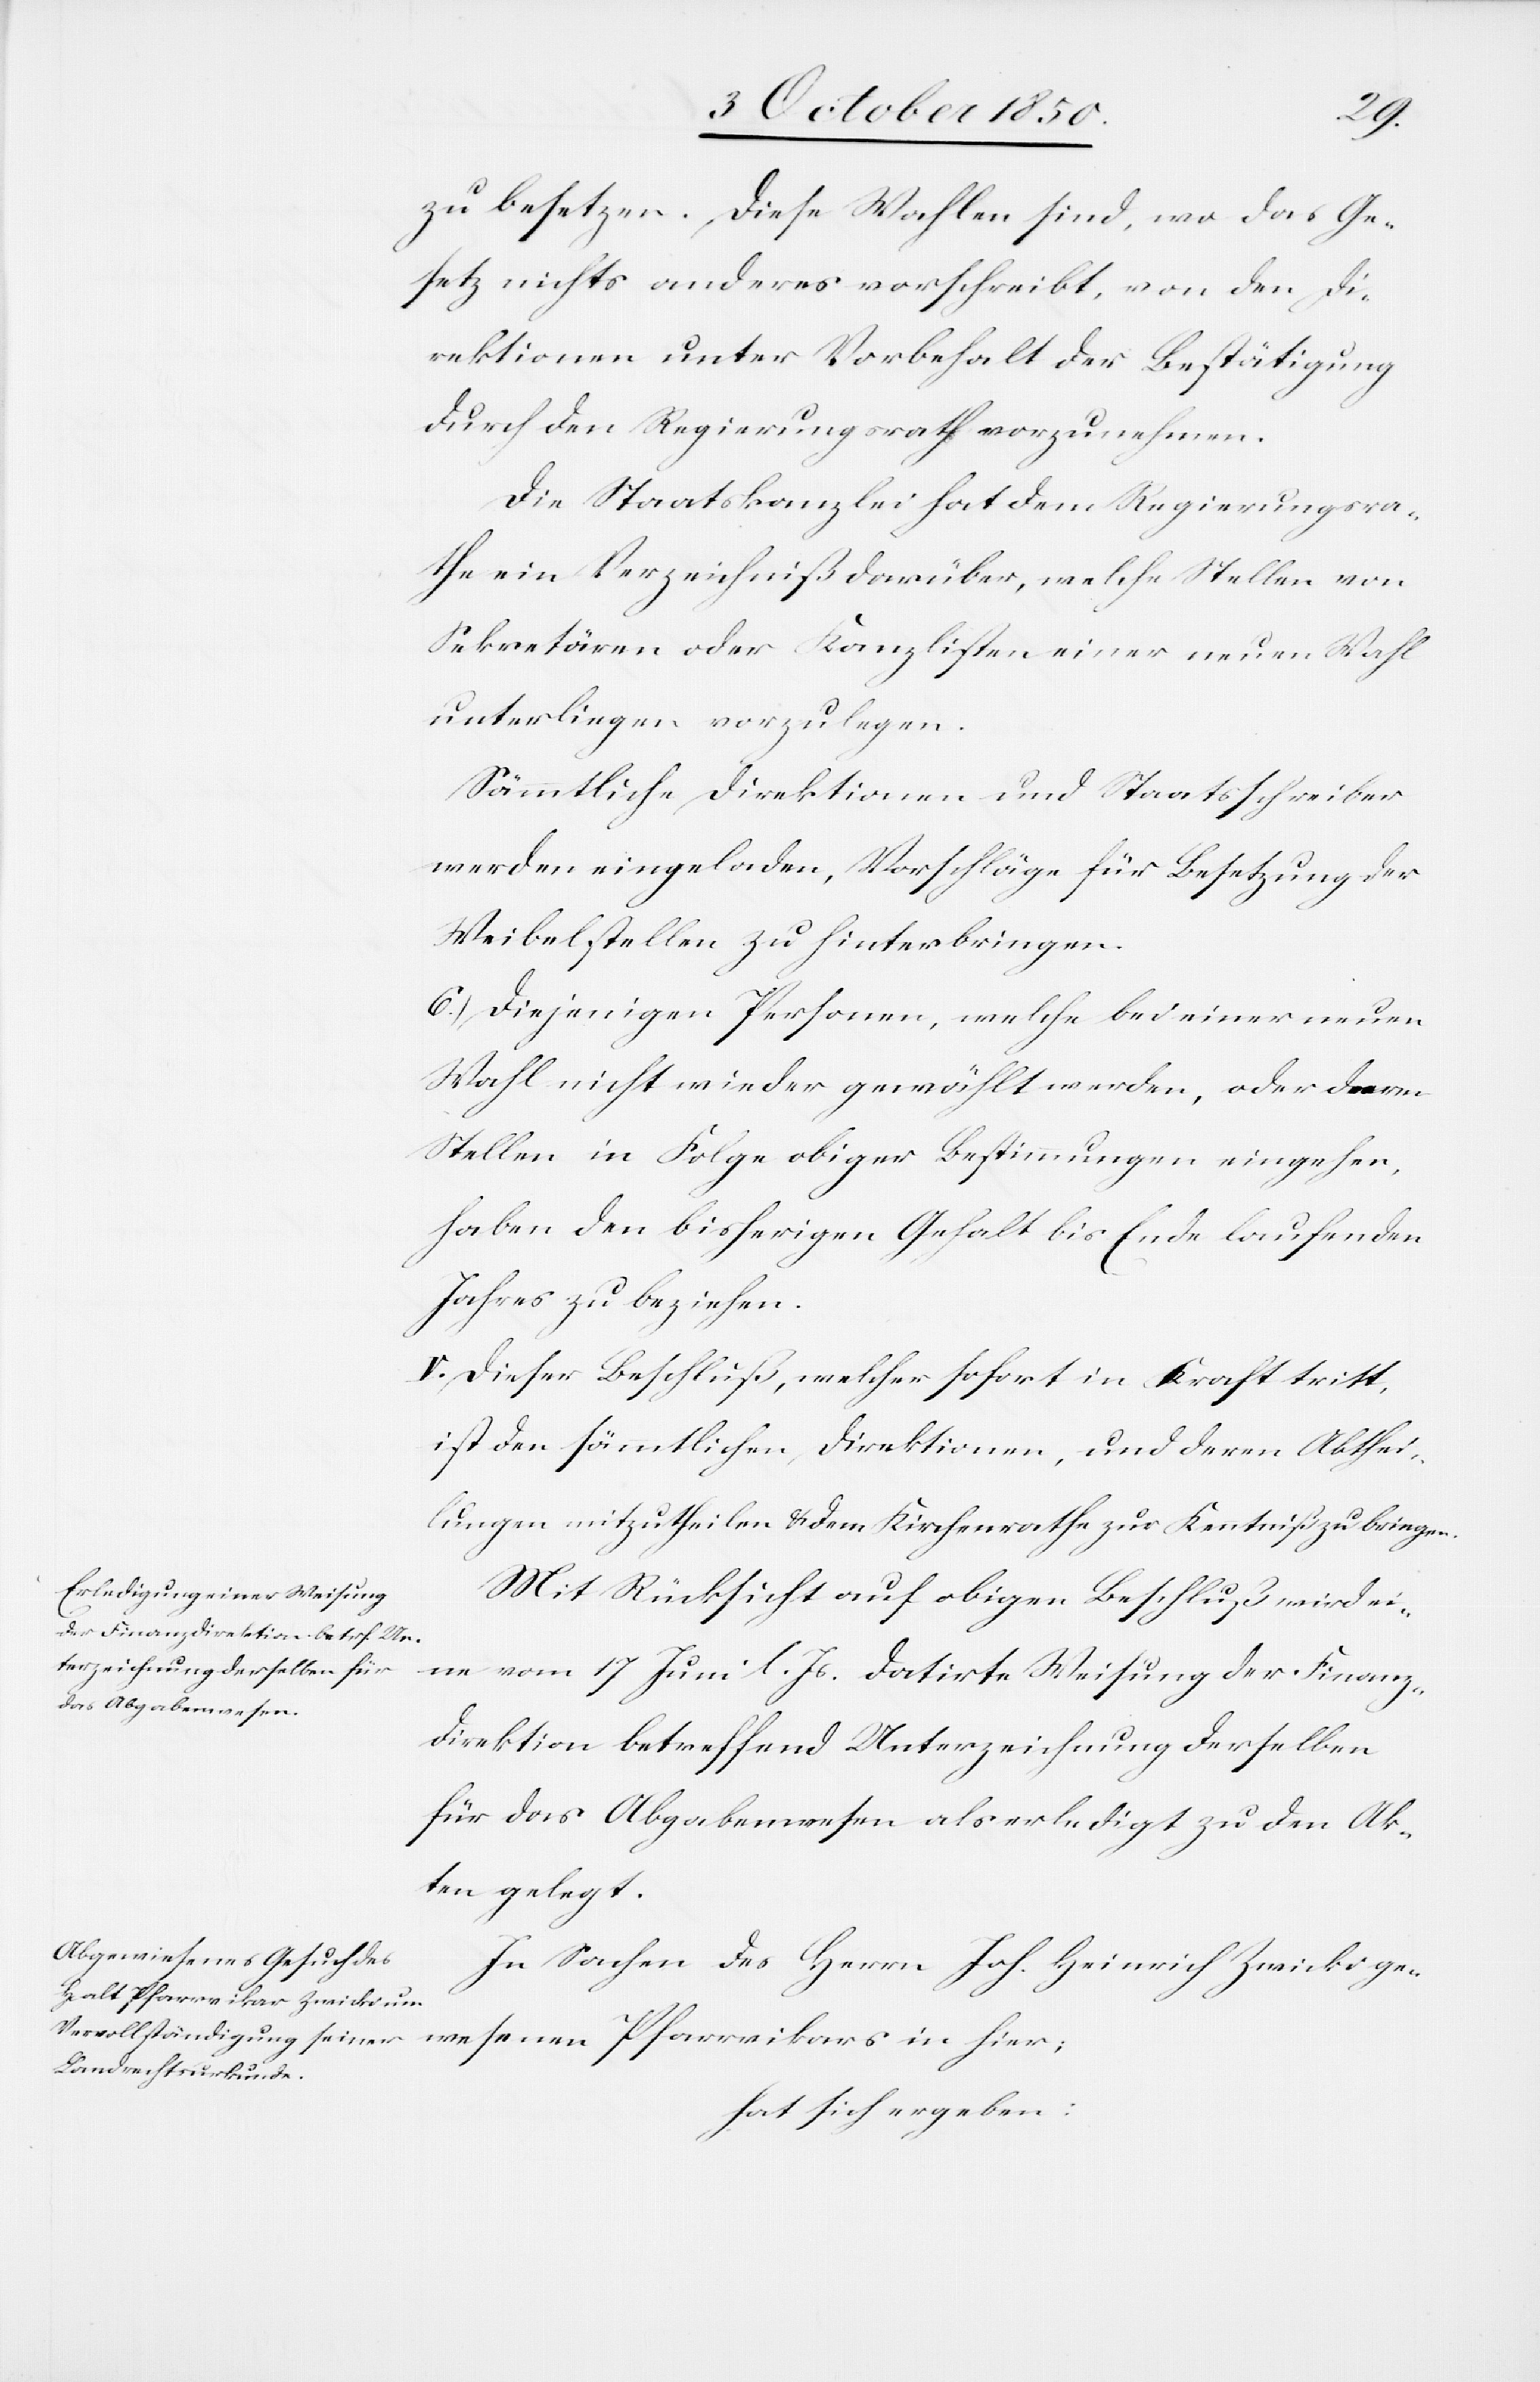
esenen
zu besetzen. Diese Wahlen sind, wo das Ge¬
setz nichts anderes vorschreibt, von den Di¬
rektionen unter Vorbehalt der Bestätigung
durch den Regierungsrath vorzunehmen.
Die Staatskanzlei hat dem Regierungsra¬
the ein Verzeichniß darüber, welche Stellen von
Sekretären oder Kanzlisten einer neuen Wahl
unterliegen vorzulegen.
Sämmtliche Direktionen und Staatsschreiber
werden eingeladen, Vorschläge für Besetzung der
Weibelstellen zu hinterbringen.
6.) Diejenigen Personen, welche bei einer neuen
Wahl nicht wieder gewählt werden, oder deren
Stellen in Folge obiger Bestimmungen eingehen,
haben den bisherigen Gehalt bis Ende laufenden
Jahres zu beziehen.
V. Dieser Beschluß, welcher sofort in Kraft tritt,
ist den sämmtlichen Direktionen, und deren Abthei¬
lungen mitzutheilen & dem Kirchenrathe zur Kenntniß zu bringen.
Mit Rücksicht auf obigen Beschluß wird ei¬
ne vom 17 Juni l. Js. datirte Weisung der Finanz¬
direktion betreffend Unterzeichnung derselben
für das Abgabenwesen als erledigt zu den Ak¬
ten gelegt.
In Sachen des Herrn Joh. Heinrich Zwicki gew¬
hat sich ergeben: